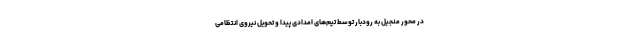
در محور منجیل به رودبار توسط تیم‌های امدادی پیدا و تحویل نیروی انتظامی